Leaving Certificate Examination, 1923
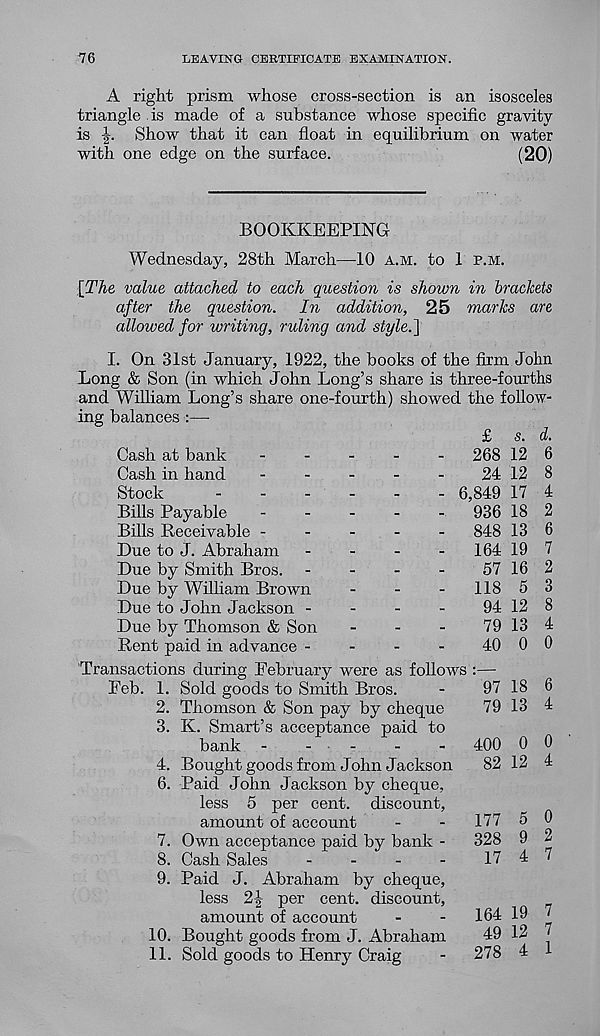
76
LEAVING CERTIFICATE EXAMINATION.
A right prism whose cross-section is an isosceles
triangle is made of a substance whose specific gravity
is
Show that it can float in equilibrium on water
with one edge on the surface.
(20)
BOOKKEEPING
Wednesday, 28th March—10 a.m. to I p.m.
[The value attached to each question is shown in brackets
after the question. In addition, 25 marks are
allowed for writing, ruling and style.]
I. On 31st January, 1922, the books of the firm John
Long & Son (in which John Long’s share is three-fourths
and William Long’s share one-fourth) showed the follow-
ing balances :—
£ s. d.
Cash at bank
.
.
.
_
.
268 12 6
Cash in hand
-
-
-
-
-
24 12 8
Stock
6,849 17 4
Bills Payable
936 18 2
Bills Receivable
848 13 6
Due to J. Abraham
-
-
-
-
164 19 7
Due by Smith Bros. -
-
-
-
57 162
Due by William Brown
-
-
-
118 5 3
Due to John Jackson -
-
-
-
94 12 8
Due by Thomson & Son
-
-
-
79134
Rent paid in advance -
-
-
-
40 0 0
Transactions during February were as follows :—•
Feb. 1. Sold goods to Smith Bros.
-
97 18 6
2. Thomson & Son pay by cheque
79 13 4
3. K. Smart’s acceptance paid to
bank -
...
-
-
400 0 0
4. Bought goods from John Jackson
82 12 4
6. Paid John Jackson by cheque,
less 5 per cent, discount,
amount of account
-
-
177 5 0
7. Own acceptance paid by bank -
328 9 2
8. Cash Sales
-
-
-
-
17 4 7
9. Paid J. Abraham by cheque,
less 2] per cent, discount,
amount of account
-
-
164 19 7
10. Bought goods from J. Abraham
49 12 (
11. Sold goods to Henry Craig
-
278 4 1